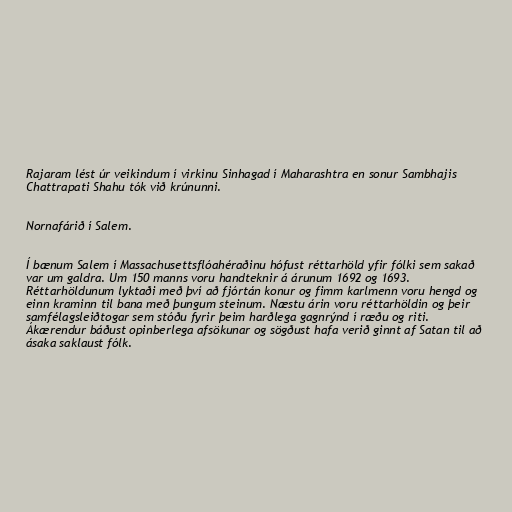
Rajaram lést úr veikindum í virkinu Sinhagad í Maharashtra en sonur Sambhajis
Chattrapati Shahu tók við krúnunni.

Nornafárið í Salem.

Í bænum Salem í Massachusettsflóahéraðinu hófust réttarhöld yfir fólki sem sakað
var um galdra. Um 150 manns voru handteknir á árunum 1692 og 1693.
Réttarhöldunum lyktaði með því að fjórtán konur og fimm karlmenn voru hengd og
einn kraminn til bana með þungum steinum. Næstu árin voru réttarhöldin og þeir
samfélagsleiðtogar sem stóðu fyrir þeim harðlega gagnrýnd í ræðu og riti.
Ákærendur báðust opinberlega afsökunar og sögðust hafa verið ginnt af Satan til að
ásaka saklaust fólk.